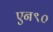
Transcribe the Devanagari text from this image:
एन९०